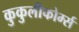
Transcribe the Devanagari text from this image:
कुकुलीफोर्म्स